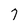
Character: 7